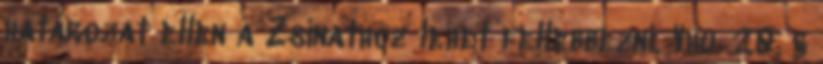
határozat ellen a Zsinathoz lehet fellebbezni. Vhu. 20. §